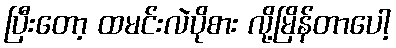
ပြီးတော့ ထမင်းလဲပိုစား လို့မြိန်တာပေါ့